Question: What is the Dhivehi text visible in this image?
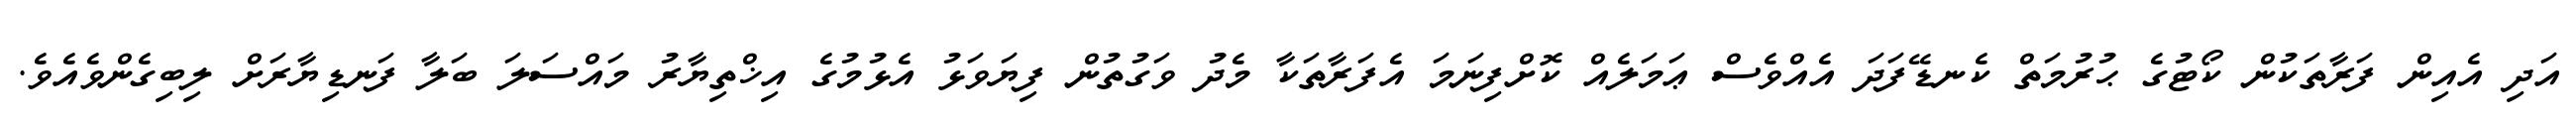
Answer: އަދި އެއިން ފަރާތަކުން ކޯޓުގެ ޙުރުމަތް ކެނޑޭފަދަ އެއްވެސް ޢަމަލެއް ކޮށްފިނަމަ އެފަރާތަކާ މެދު ވަގުތުން ފިޔަވަޅު އެޅުމުގެ އިޚްތިޔާރު މައްސަލަ ބަލާ ފަނޑިޔާރަށް ލިބިގެންވެއެވެ.